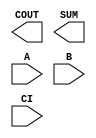
module sky130_fd_sc_hs__fah (
    COUT,
    SUM ,
    A   ,
    B   ,
    CI
);

    output COUT;
    output SUM ;
    input  A   ;
    input  B   ;
    input  CI  ;

    // Voltage supply signals
    supply1 VPWR;
    supply0 VGND;

endmodule